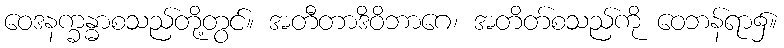
ဝေဒနက္ခန္ဓာစသည်တို့တွင်။ အတီတာဒိဝိဘာဂေ၊ အတိတ်စသည်ကို ဝေဘန်ရာ၌။